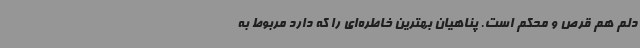
دلم هم قرص و محکم است. پناهیان بهترین خاطره‌ای را که دارد مربوط به